Report on the working of the Ranchi Indian Mental Hospital, Kanke, in Bihar and Orissa - 1930-1940
Year: 1930
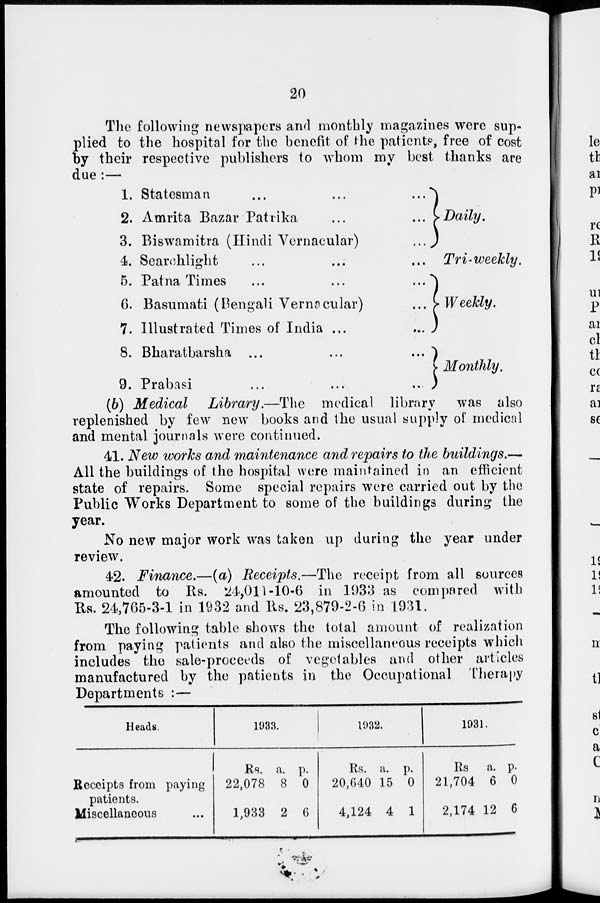
20
The following newspapers and monthly magazines were sup-
plied to the hospital for the benefit of the patients, free of cost
by their respective publishers to whom my best thanks are
due :—
1.
2.
3.
4.
5.
6.
7.
8.
9.
Statesman
...
...
...
Amrita Bazar Patrika
...
...
Biswamitra (Hindi Vernacular)
...
Searchlight ... ... ...
Patna Times
...
...
...
Basumati (Bengali Vernacular)
...
Illustrated Times of India ...
...
Bharatbarsha ...
...
...
Prabasi
...
...
...
Daily.
Tri-weekly.
Weekly.
Monthly.
(b) Medical
Library.—The
medical library was also
replenished by few new books and the usual supply of medical
and mental journals were continued.
41. New works and maintenance and repairs to the buildings.—
All the buildings of the hospital were maintained in an efficient
state of repairs. Some special repairs were carried out by the
Public Works Department to some of the buildings during the
year.
No new major work was taken up during the year under
review.
42. Finance.—(a) Receipts.—The receipt from all sources
amounted to Rs. 24,011-10-6 in 1933 as compared with
Rs. 24,765-3-1 in 1932 and Rs. 23,879-2-6 in 1931.
The following table shows the total amount of realization
from paying patients and also the miscellaneous receipts which
includes the sale-proceeds of vegetables and other articles
manufactured by the patients in the Occupational Therapy
Departments :—
Heads.
Receipts from paying
patients.
Miscellaneous ...
1933.
Rs.
22,078
1,933
a.
8
2
p.
0
6
1932.
Rs.
20,640
4,124
a.
15
4
p.
0
1
1931.
Rs
21,704
2,174
a.
6
12
p.
0
6